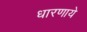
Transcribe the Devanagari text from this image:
धारणाये